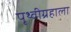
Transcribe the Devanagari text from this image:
पृथ्वीग्रहाला